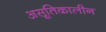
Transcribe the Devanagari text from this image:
असूतिकालीन